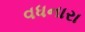
વધનારા